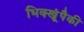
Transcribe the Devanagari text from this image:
भिक्खूंपैकी